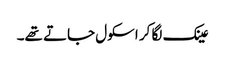
عینک لگا کر اسکول جاتے تھے۔